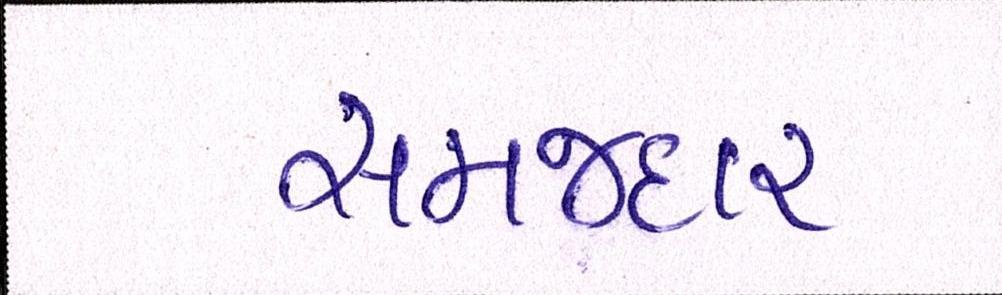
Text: સમજદાર